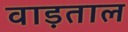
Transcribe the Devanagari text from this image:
वाड़ताल